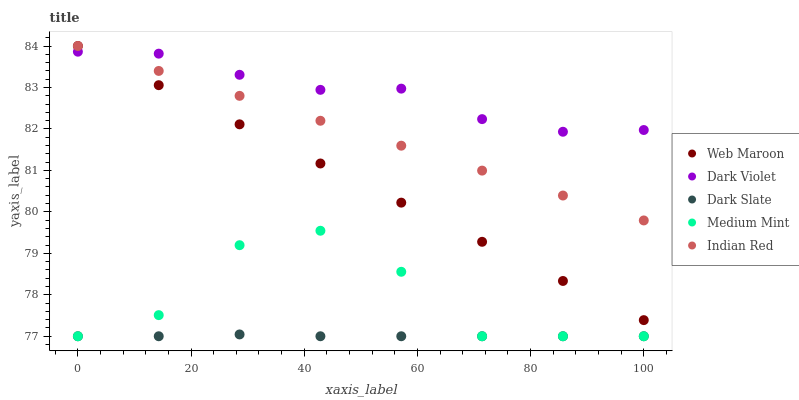
| xaxis_label | Web Maroon | Dark Violet | Dark Slate | Medium Mint | Indian Red |
 | --- | --- | --- | --- | --- | --- |
 | 0 | 84 | 83.9 | 77 | 77 | 84 |
 | 14.3 | 83.1 | 83.8 | 77 | 77.5 | 83.4 |
 | 28.6 | 82.1 | 83.3 | 77 | 79.2 | 82.8 |
 | 42.9 | 81.2 | 82.9 | 77 | 79.5 | 82.2 |
 | 57.1 | 80.2 | 83 | 77 | 78.6 | 81.6 |
 | 71.4 | 79.3 | 82.2 | 77 | 77 | 81 |
 | 85.7 | 78.3 | 81.9 | 77 | 77 | 80.4 |
 | 100 | 77.4 | 82 | 77 | 77 | 79.8 |